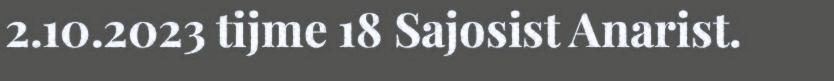
2.10.2023 tijme 18 Sajosist Anarist.